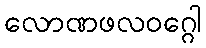
လောဏဖလဝဂ္ဂေါ